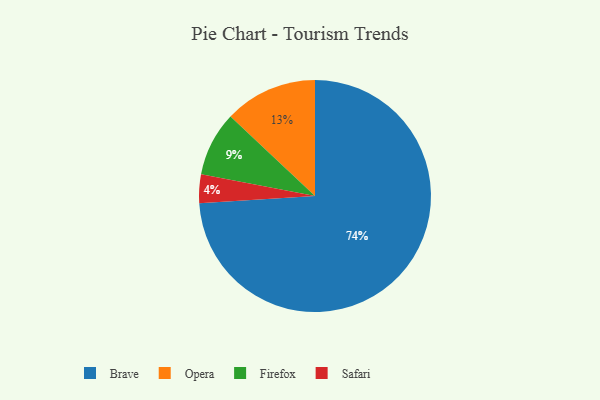
{"axis": {"x": "Category", "y": "Percentage"}, "legend": ["Brave", "Firefox", "Opera", "Safari"], "data": [{"x": "Brave", "y": 74, "type": "Brave"}, {"x": "Safari", "y": 4, "type": "Safari"}, {"x": "Opera", "y": 13, "type": "Opera"}, {"x": "Firefox", "y": 9, "type": "Firefox"}]}